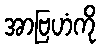
အာဗြဟံကို